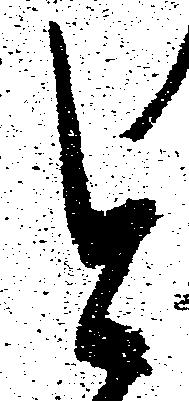
と